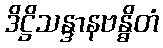
ဒိဋ္ဌိသန္ဒာနဗန္ဓိတံ